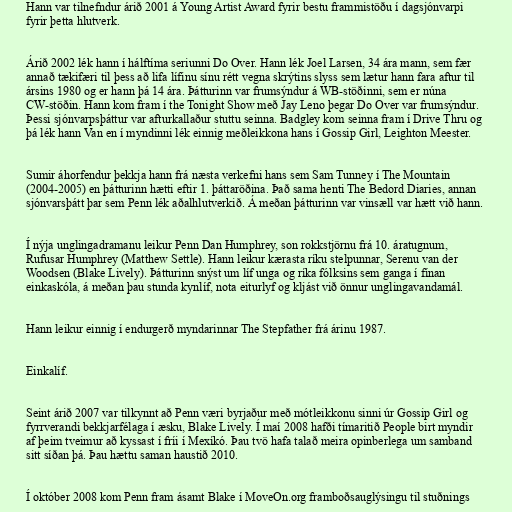
Hann var tilnefndur árið 2001 á Young Artist Award fyrir bestu frammistöðu í dagsjónvarpi
fyrir þetta hlutverk.

Árið 2002 lék hann í hálftíma seriunni Do Over. Hann lék Joel Larsen, 34 ára mann, sem fær
annað tækifæri til þess að lifa lífinu sínu rétt vegna skrýtins slyss sem lætur hann fara aftur til
ársins 1980 og er hann þá 14 ára. Þátturinn var frumsýndur á WB-stöðinni, sem er núna
CW-stöðin. Hann kom fram í the Tonight Show með Jay Leno þegar Do Over var frumsýndur.
Þessi sjónvarpsþáttur var afturkallaður stuttu seinna. Badgley kom seinna fram í Drive Thru og
þá lék hann Van en í myndinni lék einnig meðleikkona hans í Gossip Girl, Leighton Meester.

Sumir áhorfendur þekkja hann frá næsta verkefni hans sem Sam Tunney í The Mountain
(2004-2005) en þátturinn hætti eftir 1. þáttaröðina. Það sama henti The Bedord Diaries, annan
sjónvarsþátt þar sem Penn lék aðalhlutverkið. Á meðan þátturinn var vinsæll var hætt við hann.

Í nýja unglingadramanu leikur Penn Dan Humphrey, son rokkstjörnu frá 10. áratugnum,
Rufusar Humphrey (Matthew Settle). Hann leikur kærasta ríku stelpunnar, Serenu van der
Woodsen (Blake Lively). Þátturinn snýst um líf unga og ríka fólksins sem ganga í fínan
einkaskóla, á meðan þau stunda kynlíf, nota eiturlyf og kljást við önnur unglingavandamál.

Hann leikur einnig í endurgerð myndarinnar The Stepfather frá árinu 1987.

Einkalíf.

Seint árið 2007 var tilkynnt að Penn væri byrjaður með mótleikkonu sinni úr Gossip Girl og
fyrrverandi bekkjarfélaga í æsku, Blake Lively. Í maí 2008 hafði tímaritið People birt myndir
af þeim tveimur að kyssast í fríi í Mexíkó. Þau tvö hafa talað meira opinberlega um samband
sitt síðan þá. Þau hættu saman haustið 2010.

Í október 2008 kom Penn fram ásamt Blake í MoveOn.org framboðsauglýsingu til stuðnings